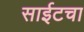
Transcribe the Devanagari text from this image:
साईटचा